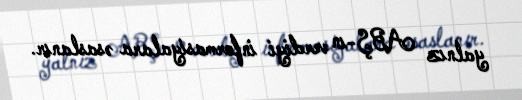
yalnız ABŞ-ın verdiyi informasiyalara əsaslanır.